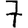
Digit: 7